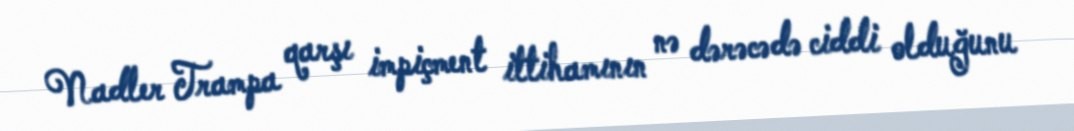
Nadler Trampa qarşı impiçment ittihamının nə dərəcədə ciddi olduğunu